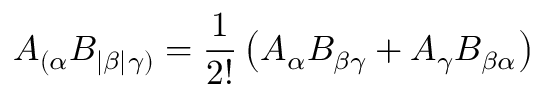
A _ { ( \alpha } B _ { | \beta | } { } _ { \gamma ) } = { \frac { 1 } { 2 ! } } \left( A _ { \alpha } B _ { \beta \gamma } + A _ { \gamma } B _ { \beta \alpha } \right)